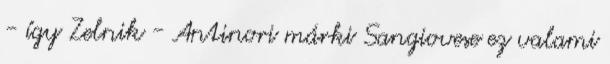
- így Zelnik - Antinori márki Sangiovese ez valami